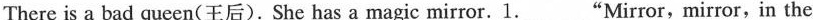
There is a bad queen(王后).She has a magic mirror.1.___"Mirror,mirror,in the